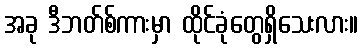
အခု ဒီဘတ်စ်ကားမှာ ထိုင်ခုံတွေရှိသေးလား။